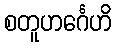
စတူဟင်္ဂေဟိ